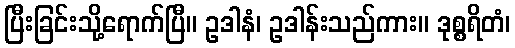
ပြီးခြင်းသို့ရောက်ပြီ။ ဥဒါနံ၊ ဥဒါန်းသည်ကား။ ဒုစ္စရိတံ၊